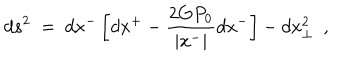
LaTeX: d s ^ { 2 } ~ = ~ d x ^ { - } \left[ d x ^ { + } - \frac { 2 G P _ { 0 } } { | x ^ { - } | } d x ^ { - } \right] - d x _ { \perp } ^ { 2 } ~ ~ ,